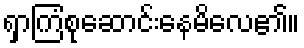
ရှာကြံစုဆောင်းနေမိလေ၏။